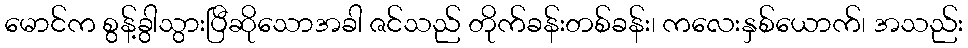
မောင်က စွန့်ခွါသွားပြီဆိုသောအခါ ဇင်သည် တိုက်ခန်းတစ်ခန်း၊ ကလေးနှစ်ယောက်၊ အသည်း